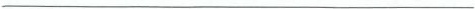
___